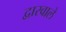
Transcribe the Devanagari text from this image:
द्वारवाले